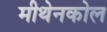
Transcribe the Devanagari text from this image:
मीथेनकोल